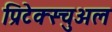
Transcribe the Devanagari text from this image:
प्रिटेक्स्चुअल